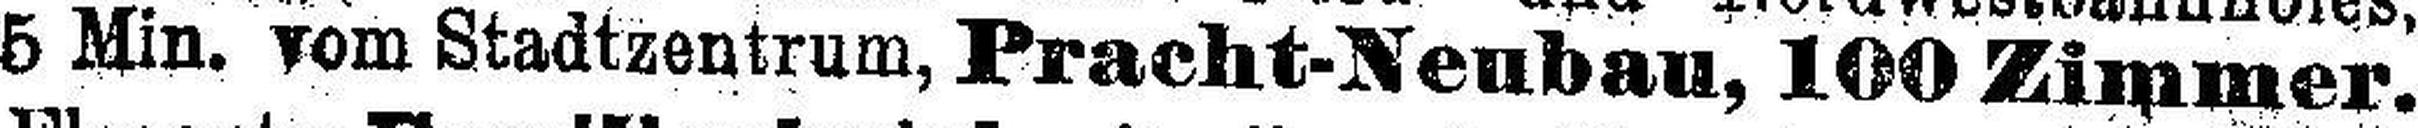
5 Min. vom Stadtzentrum, Pracht-Neubau, 100 Zimmer.